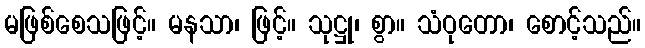
မဖြစ်စေသဖြင့်။ မနသာ၊ ဖြင့်။ သုဋ္ဌု၊ စွာ။ သံဝုတော၊ စောင့်သည်။